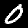
Digit: 0